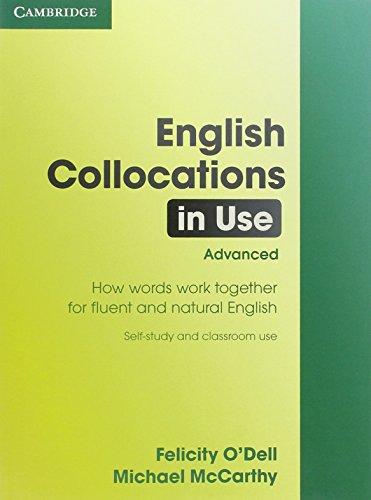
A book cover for English Collocations in Use: Advanced; Felicity O'Dell; Reference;